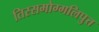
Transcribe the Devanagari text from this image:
तिस्समोग्गलिपुत्त